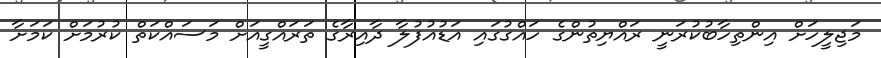
މަޖިލީހަށް އިންތިހާބުކުރަނީ ރައްޔިތުންގެ ހައްގުގައި އަޑުއުފުލާ ދާއިރާގެ ތަރައްގީއަށް މަސައްކަތް ކުރުމަށް ކަމަށާ